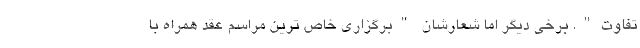
تفاوت". برخی دیگر اما شعارشان "برگزاری خاص ترین مراسم عقد همراه با